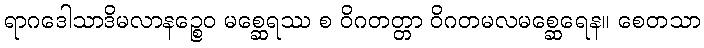
ရာဂဒေါသာဒိမလာနဉ္စေဝ မစ္ဆေရဿ စ ဝိဂတတ္တာ ဝိဂတမလမစ္ဆေရေန။ စေတသာ